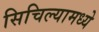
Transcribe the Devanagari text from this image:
सिचिल्यामध्ये